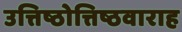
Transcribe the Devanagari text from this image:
उत्तिष्ठोत्तिष्ठवाराह